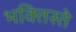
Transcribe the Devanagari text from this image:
भक्तिस्ते